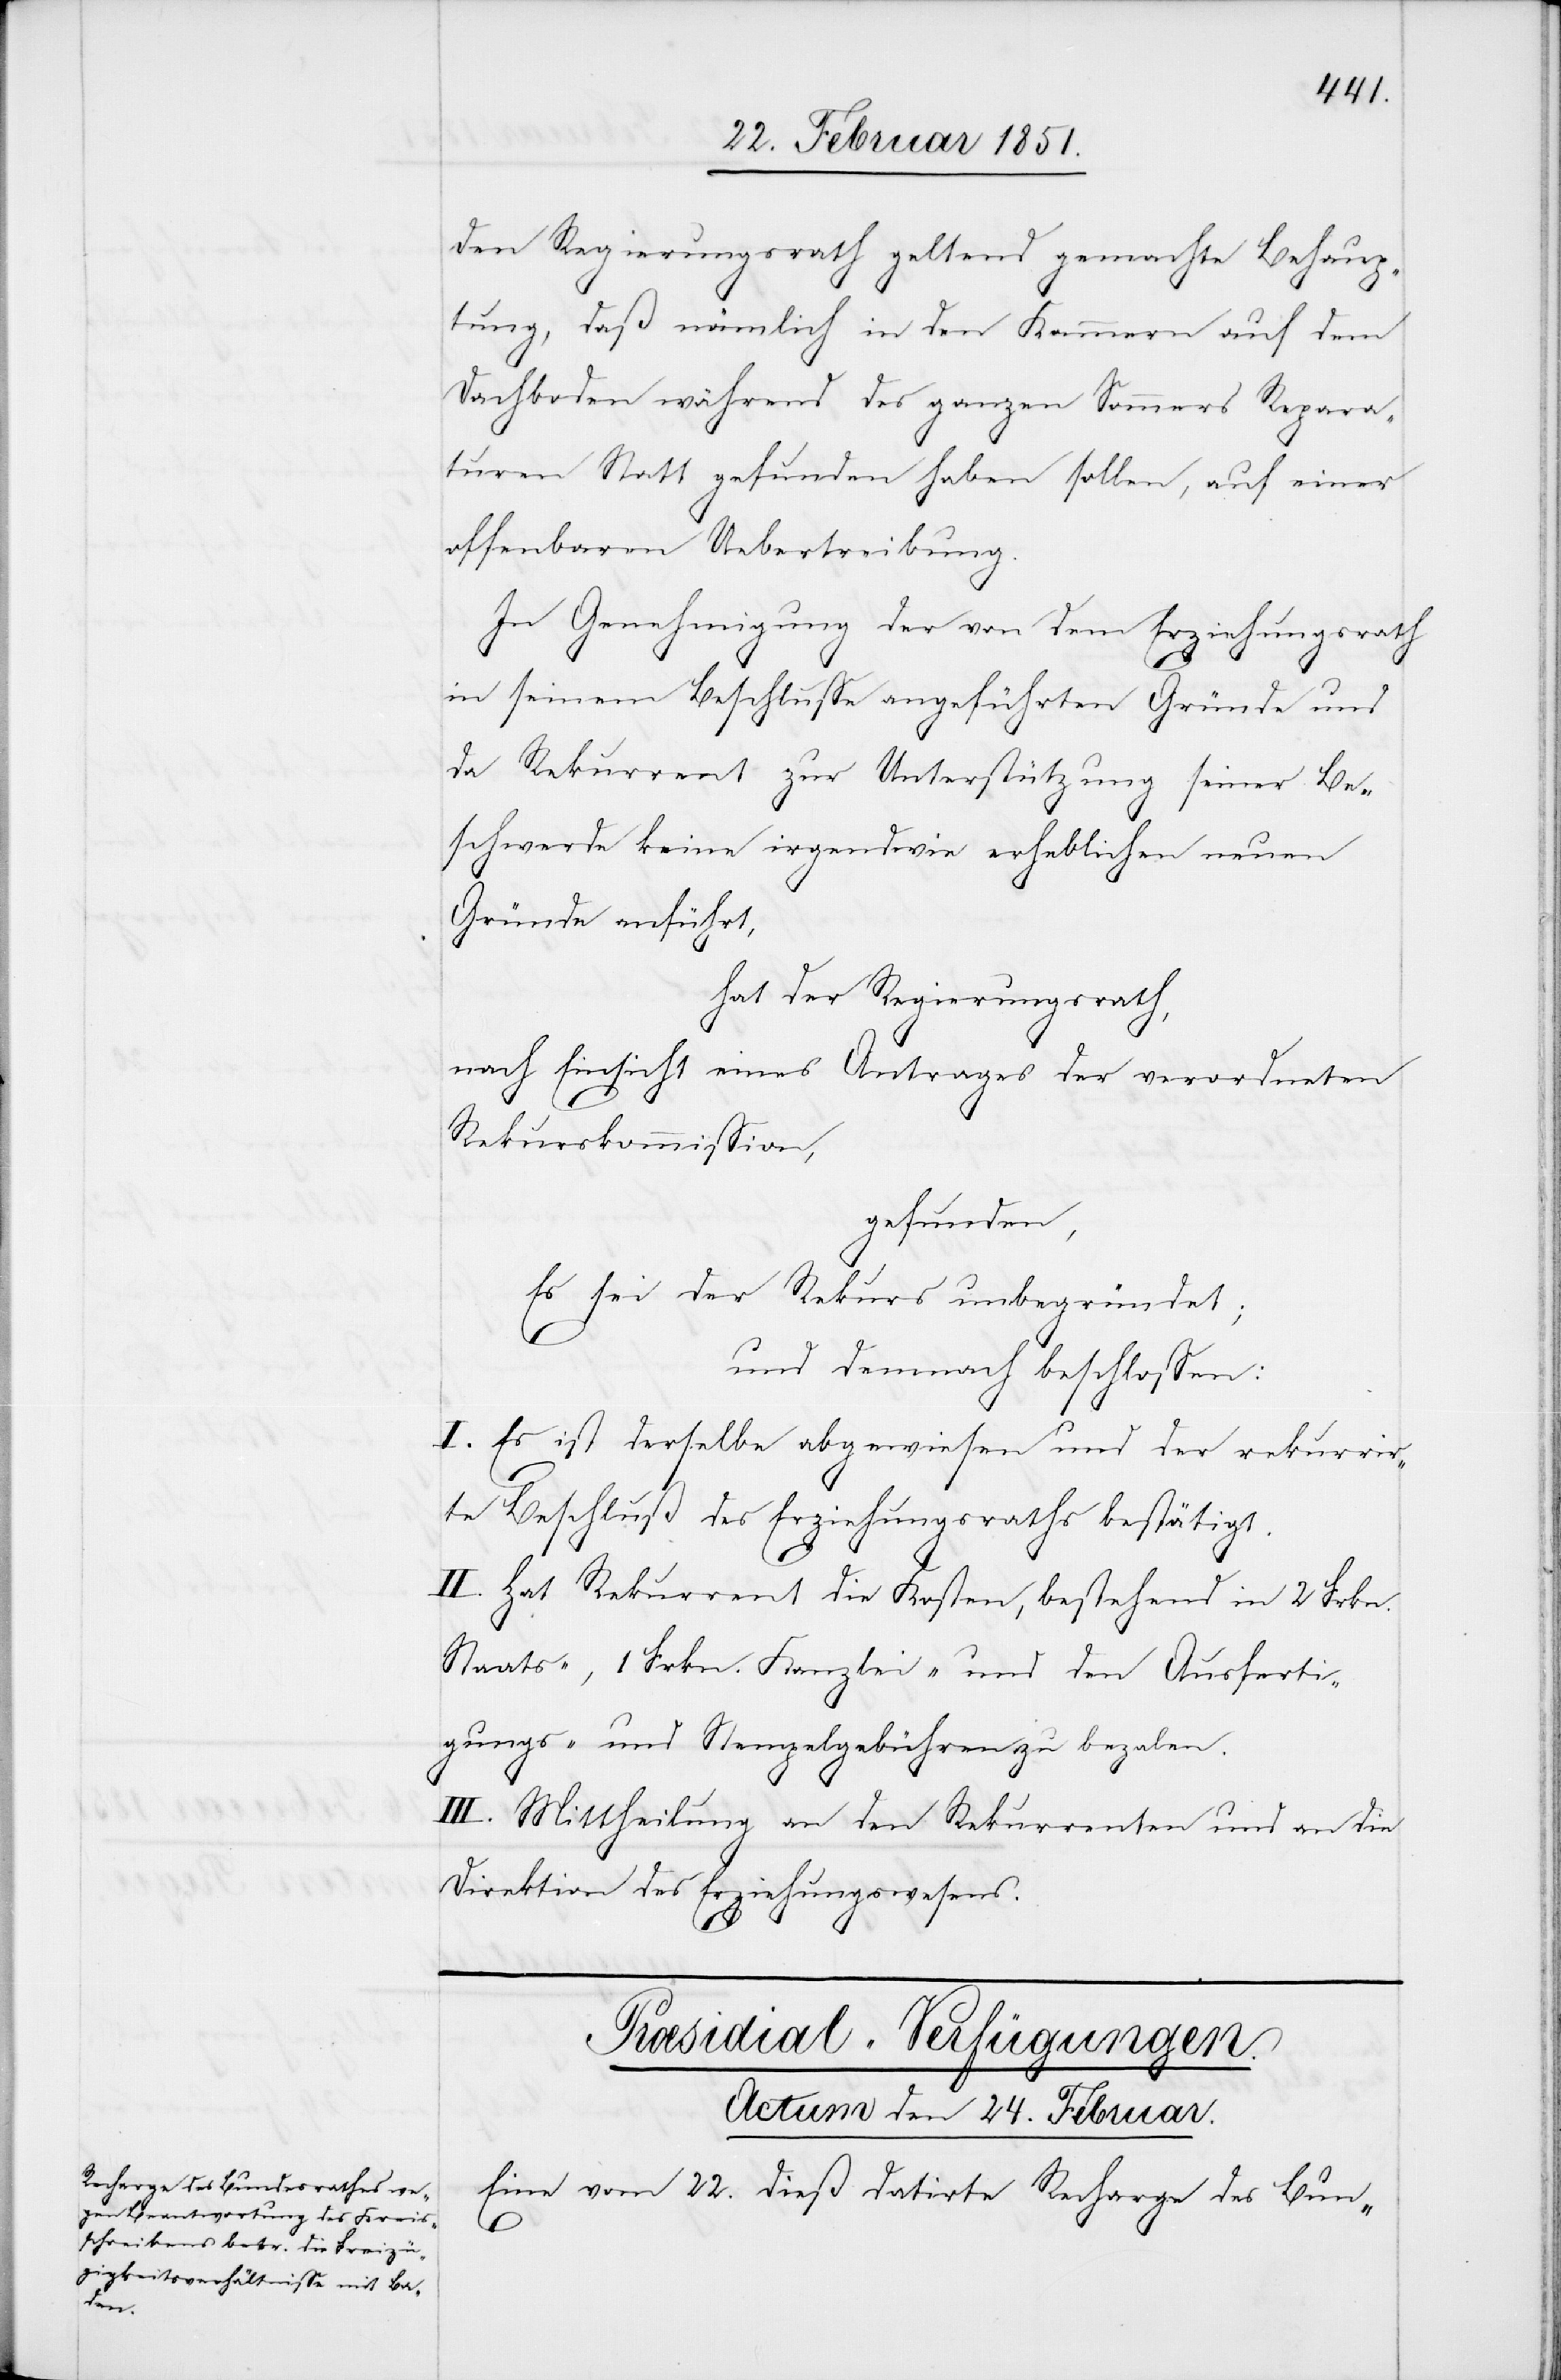
Præsidial-Verfügungen.
Actum den 24. Februar.
Eine vom 22. dieß datirte Recharge des Bun-